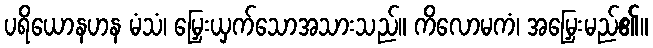
ပရိယောနဟန မံသံ၊ မြှေးယှက်သောအသားသည်။ ကိလောမကံ၊ အမြှေးမည်၏။